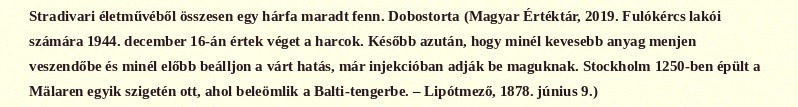
Stradivari életművéből összesen egy hárfa maradt fenn. Dobostorta (Magyar Értéktár, 2019. Fulókércs lakói számára 1944. december 16-án értek véget a harcok. Később azután, hogy minél kevesebb anyag menjen veszendőbe és minél előbb beálljon a várt hatás, már injekcióban adják be maguknak. Stockholm 1250-ben épült a Mälaren egyik szigetén ott, ahol beleömlik a Balti-tengerbe. – Lipótmező, 1878. június 9.)